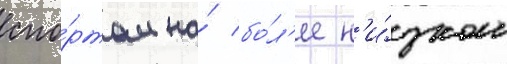
спо́ртом на́ бо́л'ее н'и́зком